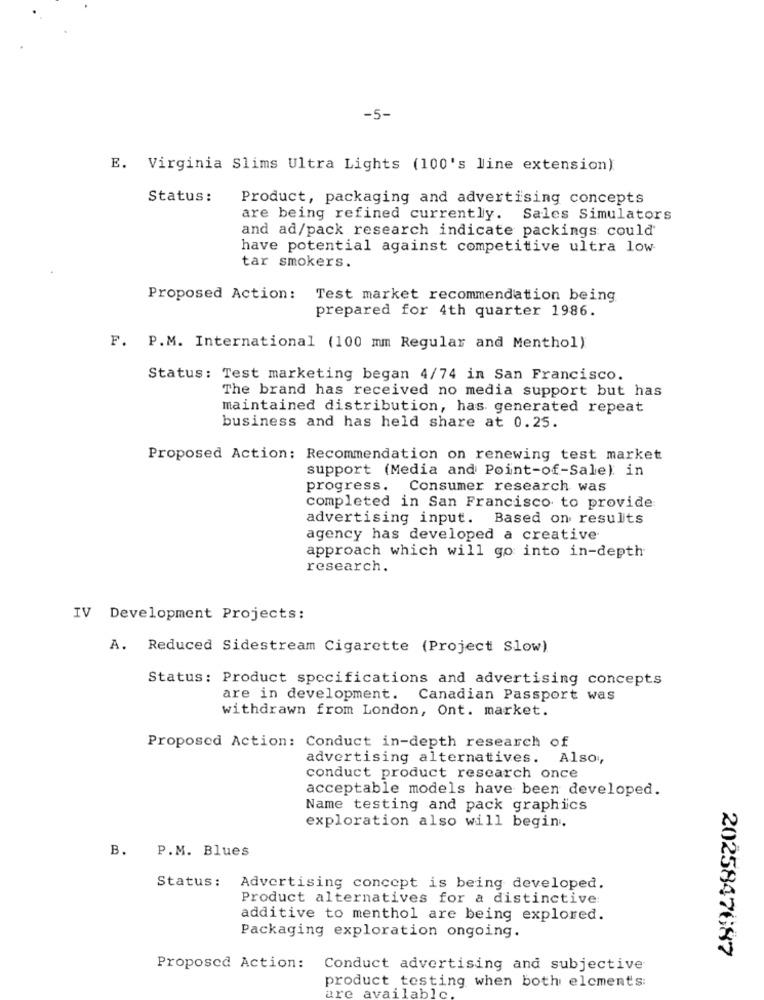
-5-
E. Virginia Slims Ultra Lights (100's line extension)
Status:
Product, packaging and advertising concepts
are being refined currently. Sales Simulators
and ad/pack research indicate packings could
have potential against competitive ultra low
tar smokers.
Proposed Action :
Test market recommendation being
prepared for 4th quarter 1986.
F. P.M. International (100 mm Regular and Menthol)
Status: Test marketing began 4/74 in San Francisco.
The brand has received no media support but has
maintained distribution, has generated repeat
business and has held share at 0.25.
Proposed Action: Recommendation on renewing test market
support (Media and Point-of-Sale) in
progress.
Consumer research was
completed in San Francisco to provide:
advertising input. Based on results
agency has developed a creative
approach which will go into in-depth
research.
IV Development Projects:
A. Reduced Sidestream Cigarette (Project Slow)
Status: Product specifications and advertising concepts
are in development. Canadian Passport was
withdrawn from London, Ont. market.
Proposed Action: Conduct in-depth research of
advertising alternatives. Also,
conduct product research once
acceptable models have been developed.
Name testing and pack graphics
exploration also will begin.
B.
P.M. Blues
Status :
Advertising concept is being developed.
Product alternatives for a distinctive:
additive to menthol are being explored.
Packaging exploration ongoing.
2025847687
Proposed Action: Conduct advertising and subjective
product testing when both elcments:
are available.